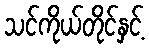
သင်ကိုယ်တိုင်နှင့်